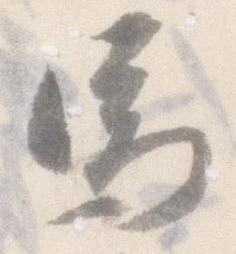
馬